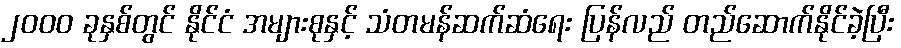
၂၀၀၀ ခုနှစ်တွင် နိုင်ငံ အများစုနှင့် သံတမန်ဆက်ဆံရေး ပြန်လည် တည်ဆောက်နိုင်ခဲ့ပြီး